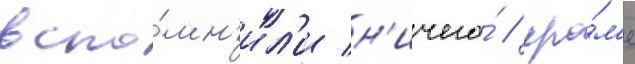
вспо́мн'ил'и н'ичего́ / кро́м'е